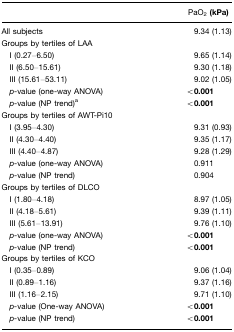
<table><thead><tr><td></td><td><b>PaO<sub>2</sub> (kPa)</b></td></tr></thead><tbody><tr><td>All subjects</td><td>9.34 (1.13)</td></tr><tr><td>Groups by tertiles of LAA</td><td></td></tr><tr><td> I (0.27–6.50)</td><td>9.65 (1.14)</td></tr><tr><td> II (6.50–15.61)</td><td>9.30 (1.18)</td></tr><tr><td> III (15.61–53.11)</td><td>9.02 (1.05)</td></tr><tr><td> <i>p</i>-value (one-way ANOVA)</td><td><b>&lt;0.001</b></td></tr><tr><td> <i>p</i>-value (NP trend)a</td><td><b>&lt;0.001</b></td></tr><tr><td>Groups by tertiles of AWT-Pi10</td><td></td></tr><tr><td> I (3.95–4.30)</td><td>9.31 (0.93)</td></tr><tr><td> II (4.30–4.40)</td><td>9.35 (1.17)</td></tr><tr><td> III (4.40–4.87)</td><td>9.28 (1.29)</td></tr><tr><td> <i>p</i>-value (one-way ANOVA)</td><td>0.911</td></tr><tr><td> <i>p</i>-value (NP trend)</td><td>0.904</td></tr><tr><td>Groups by tertiles of DLCO</td><td></td></tr><tr><td> I (1.80–4.18)</td><td>8.97 (1.05)</td></tr><tr><td> II (4.18–5.61)</td><td>9.39 (1.11)</td></tr><tr><td> III (5.61–13.91)</td><td>9.76 (1.10)</td></tr><tr><td> <i>p</i>-value (one-way ANOVA)</td><td><b>&lt;0.001</b></td></tr><tr><td> <i>p-</i>value (NP trend)</td><td><b>&lt;0.001</b></td></tr><tr><td>Groups by tertiles of KCO</td><td></td></tr><tr><td> I (0.35–0.89)</td><td>9.06 (1.04)</td></tr><tr><td> II (0.89–1.16)</td><td>9.37 (1.16)</td></tr><tr><td> III (1.16–2.15)</td><td>9.71 (1.10)</td></tr><tr><td> <i>p-</i>value (One-way ANOVA)</td><td><b>&lt;0.001</b></td></tr><tr><td> <i>p-</i>value (NP trend)</td><td><b>&lt;0.001</b></td></tr></tbody></table>